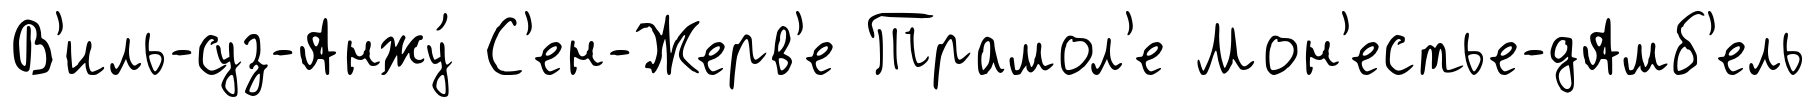
В'иль-суз-Анжу́ С'ен-Жерв'е Трамол'е Мон'естье-дАмб'ель